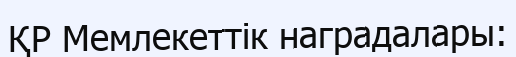
ҚР Мемлекеттік наградалары: